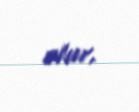
olur.